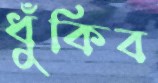
ধুঁকিব